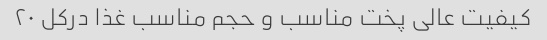
کیفیت عالی پخت مناسب و حجم مناسب غذا درکل ۲۰